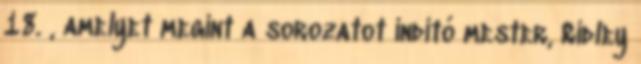
18. , amelyet megint a sorozatot indító mester, Ridley